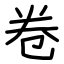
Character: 卷